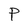
Character: P